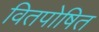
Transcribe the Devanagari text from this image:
वितपोषित